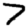
Digit: 7